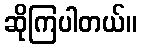
ဆိုကြပါတယ်။